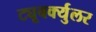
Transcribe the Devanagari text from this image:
ट्यूबर्क्युलर